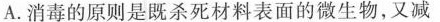
A.消毒的原则是既杀死材料表面的微生物，又减